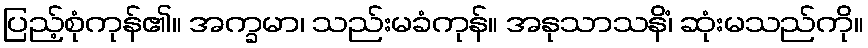
ပြည့်စုံကုန်၏။ အက္ခမာ၊ သည်းမခံကုန်။ အနုသာသနိံ၊ ဆုံးမသည်ကို။